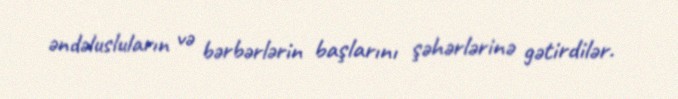
əndəlusluların və bərbərlərin başlarını şəhərlərinə gətirdilər.